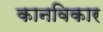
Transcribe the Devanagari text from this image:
कानविकार